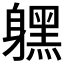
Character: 𨊂